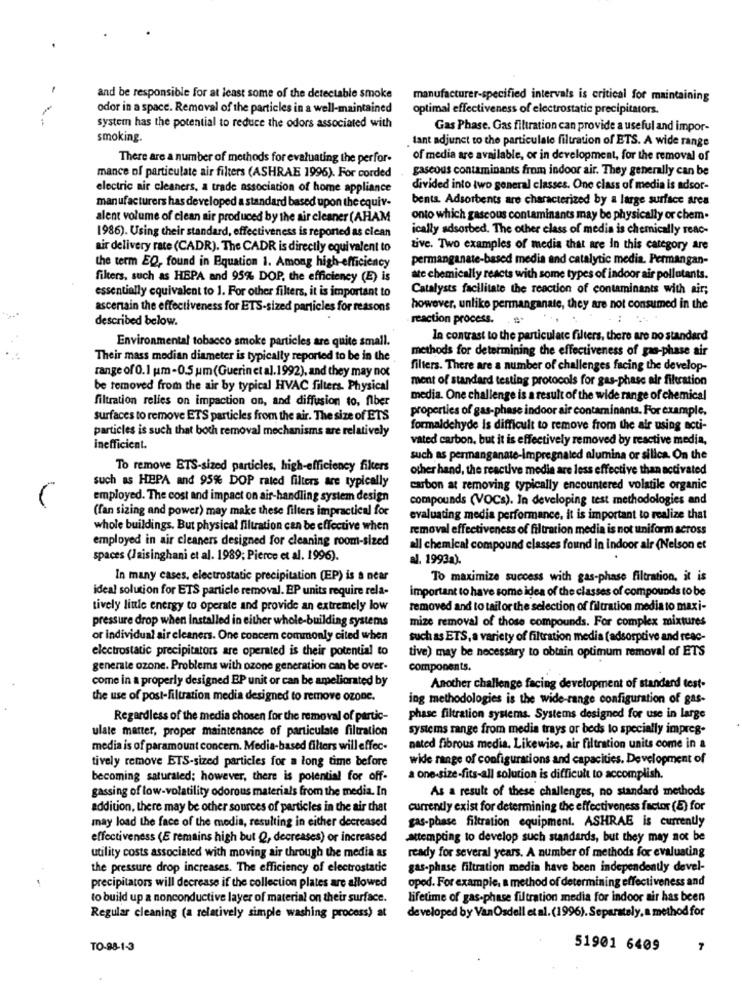
-
and be responsible for at least some of the detectable smoke
manufacturer-specified intervals is critical for maintaining
odor in a space. Removal of the particles in a well-maintained
optimal effectiveness of electrostatic precipitators.
system has the potential to reduce the odors associated with
Gas Phase. Gas filtration can provide a useful and impor-
smoking.
tant adjunct to the particulate filtration of ETS. A wide range
There are a number of methods for evaluating the perfor-
of media are available, or in development, for the removal of
gaseous contaminants from indoor air. They generally can be
mance of particulate air filters (ASHRAE 1996). For corded
electric air cleaners, a trade association of home appliance
divided into two general classes. One class of media is adsor-
manufacturers has developed a standard based upon the equiv-
bents. Adsorbents are characterized by a large surface area
alent volume of clean air produced by the air cleaner (AHAM
onto which gascous contaminants may be physically or chem.
1986). Using their standard, effectiveness is reported as clean
ically adsorbed. The other class of media is chemically reac-
air delivery rate (CADR). The CADR is directly equivalent to
tive. Two examples of media that are In this category are
permanganate-based media and catalytic media. Permangan-
the term EQ, found in Equation 1. Among high-efficiency
filters, such as HEPA and 95% DOP, the efficiency (E) is
ate chemically reacts with some types of indoor air pollutants.
essentially equivalent to 1. For other filters, it is important to
Catalysts facilitate the reaction of contaminants with air;
ascertain the effectiveness for ETS-sized particles for reasons
however, unlike permanganate, they are not consumed in the
described below.
reaction process.
Environmental tobacco smoke particles are quite small.
In contrast to the particulate filters, there are no standard
methods for determining the effectiveness of gas-phase air
Their mass median diameter is typically reported to be in the
filters. There are a number of challenges facing the develop-
range of 0.1 um-0.5 um (Guerinet al. 1992), and they may not
ment of standard testing protocols for gas-phase air filtration
be removed from the air by typical HVAC filters. Physical
filtration relies on impaction on, and diffusion to, flber
media. One challenge is a result of the wide range of chemical
properties of gas-phase indoor air contaminants. For example,
surfaces to remove ETS particles from the air. The size of ETS
particles is such that both removal mechanisms are relatively
formaldehyde is difficult to remove from the air using acti-
vated carbon, but it is effectively removed by reactive media,
inefficient.
such as permanganate-Impregnated alumina or silica. On the
To remove ETS-sized particles, high-efficiency filters
other hand, the reactive media are less effective than activated
such as HEPA and 95% DOP rated filters are typically
carbon at removing typically encountered volatile organic
employed. The cost and impact on air-handling system design
compounds (VOCs). In developing test methodologies and
(fan sizing and power) may make these filters impractical for
evaluating media performance, it is important to realize that
whole buildings. But physical filtration can be effective when
removal effectiveness of filtration media is not uniform across
employed in air cleaners designed for cleaning room-sized
all chemical compound classes found in indoor air (Nelson et
spaces (Jaisinghani et al. 1989; Pierce et al. 1996).
al. 1993a).
In many cases, electrostatic precipitation (EP) is a near
To maximize success with gas-phase filtration, it is
ideal solution for ETS particle removal. EP units require rela-
important to have some idea of the classes of compounds to be
tively little energy to operate and provide an extremely low
removed and to tail or the selection of filtration media to maxi-
pressure drop when Installed in either whole-building systems
mize removal of those compounds. For complex mixtures
or individual air cleaners. One concern commonly cited when
such as ETS, a variety of filtration media (adsorprive and reac-
electrostatic precipitators are operated is their potential to
tive) may be necessary to obtain optimum removal of ETS
generale ozone. Problems with ozone generation can be over-
components.
come in a properly designed EP unit or can be ameliorated by
Another challenge facing development of standard test-
the use of post-filtration media designed to remove ozone.
ing methodologies is the wide-range configuration of gas-
Regardless of the media chosen for the removal of partic-
phase filtration systems. Systems designed for use in large
ulate matter, proper maintenance of particulate filtration
systems range from media trays or beds lo specially impreg-
media is of paramount concern. Media-based filters will effec-
nated fibrous media. Likewise, air filtration units come in a
wide range of configurations and capacities. Development of
tively remove ETS-sized particles for a long time before
becoming saturaled; however, there is potential for off-
a one-size-fits-all solution is difficult to accomplish.
As a result of these challenges, no standard methods
gassing of low-volatility odorous materials from the media. In
addition, there may be other sources of particles in the air that
currently exist for determining the effectiveness factor (E) for
gas-phase filtration equipment. ASHRAE is currently
may load the face of the media, resulting in either decreased
effectiveness (E remains high but Q, decreases) or increased
attempting to develop such standards, but they may not be
utility costs associated with moving air through the media as
ready for several years. A number of methods for evaluating
the pressure drop increases. The efficiency of electrostatic
gas-phase filtration media have been independently devel-
precipitators will decrease if the collection plates are allowed
oped. For example, a method of determining effectiveness and
to build up a nonconductive layer of material on their surface.
lifetime of gas-phase filtration media for indoor air has been
Regular cleaning (a relatively simple washing process) at
developed by Van Osdell et al. (1996). Separately, a method for
TO-98-1-3
51901 6409
7